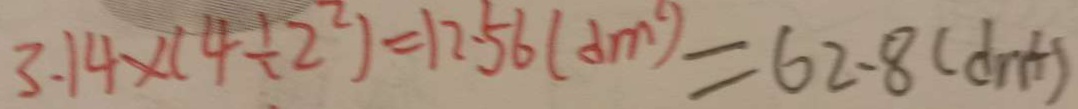
3 . 1 4 \times ( 4 \div 2 ^ { 2 } ) = 1 2 . 5 6 ( d m ^ { 2 } ) = 6 2 . 8 ( d m ^ { 2 } )